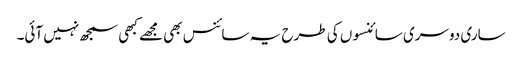
ساری دوسری سائنسوں کی طرح یہ سائنس بھی مجھے کبھی سمجھ نہیں آئی۔